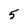
Character: 5